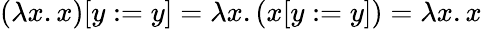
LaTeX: (\lambda x.x)[y:=y]=\lambda x.(x[y:=y])=\lambda x.x